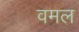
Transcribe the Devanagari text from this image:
वमल